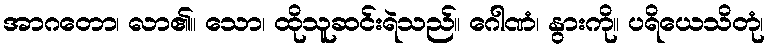
အာဂတော၊ လာ၏။ သော၊ ထိုသူဆင်းရဲသည်။ ဂေါဏံ၊ နွားကို။ ပရိယေသိတုံ၊